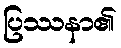
ပြဿနာ၏